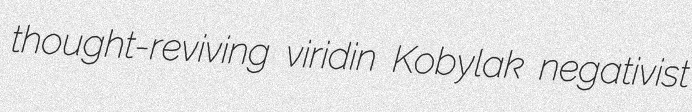
thought-reviving viridin Kobylak negativist